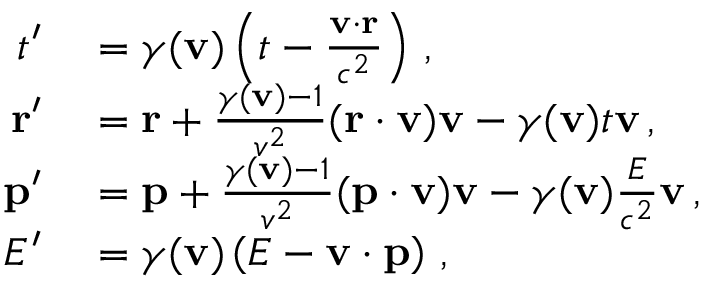
\begin{array} { r l } { t ^ { \prime } } & { { } = \gamma ( \mathbf { v } ) \left( t - { \frac { \mathbf { v } \cdot \mathbf { r } } { c ^ { 2 } } } \right) \, , } \\ { \mathbf { r } ^ { \prime } } & { { } = \mathbf { r } + { \frac { \gamma ( \mathbf { v } ) - 1 } { v ^ { 2 } } } ( \mathbf { r } \cdot \mathbf { v } ) \mathbf { v } - \gamma ( \mathbf { v } ) t \mathbf { v } \, , } \\ { \mathbf { p } ^ { \prime } } & { { } = \mathbf { p } + { \frac { \gamma ( \mathbf { v } ) - 1 } { v ^ { 2 } } } ( \mathbf { p } \cdot \mathbf { v } ) \mathbf { v } - \gamma ( \mathbf { v } ) { \frac { E } { c ^ { 2 } } } \mathbf { v } \, , } \\ { E ^ { \prime } } & { { } = \gamma ( \mathbf { v } ) \left( E - \mathbf { v } \cdot \mathbf { p } \right) \, , } \end{array}